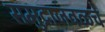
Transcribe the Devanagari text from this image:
समुद्राजवळचे